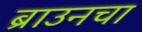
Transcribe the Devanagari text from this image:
ब्राउनचा